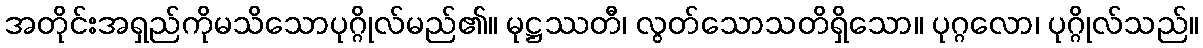
အတိုင်းအရှည်ကိုမသိသောပုဂ္ဂိုလ်မည်၏။ မုဋ္ဌဿတီ၊ လွတ်သောသတိရှိသော။ ပုဂ္ဂလော၊ ပုဂ္ဂိုလ်သည်။